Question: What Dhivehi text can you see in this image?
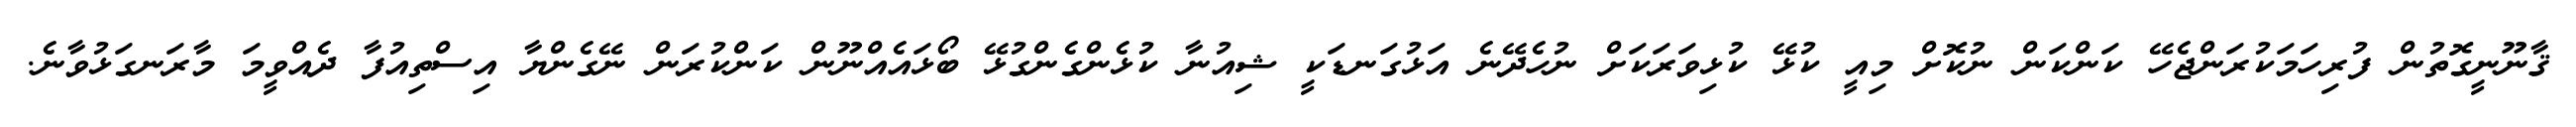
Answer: ޤާނޫނީގޮތުން ފުރިހަމަކުރަންޖެހޭ ކަންކަން ނުކޮށް މިއީ ކުޅޭ ކުޅިވަރަކަށް ނުހެދޭނެ އަޅުގަނޑަކީ ޝިއުނާ ކުޅެންގެންގުޅޭ ބޯޅައެއްނޫން ކަންކުރަން ނޭގެންޔާ އިސްތިއުފާ ދެއްވީމަ މާރަނގަޅުވާނެ.